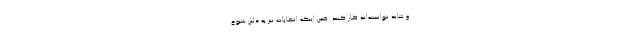
و شاید نتوانسته‌اند کار کنند. ضمن اینکه انتخابات نیز به دلیل شیوع